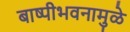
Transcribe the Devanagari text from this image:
बाष्पीभवनामुळे